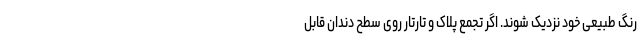
رنگ طبیعی خود نزدیک شوند. اگر تجمع پلاک و تارتار روی سطح دندان قابل